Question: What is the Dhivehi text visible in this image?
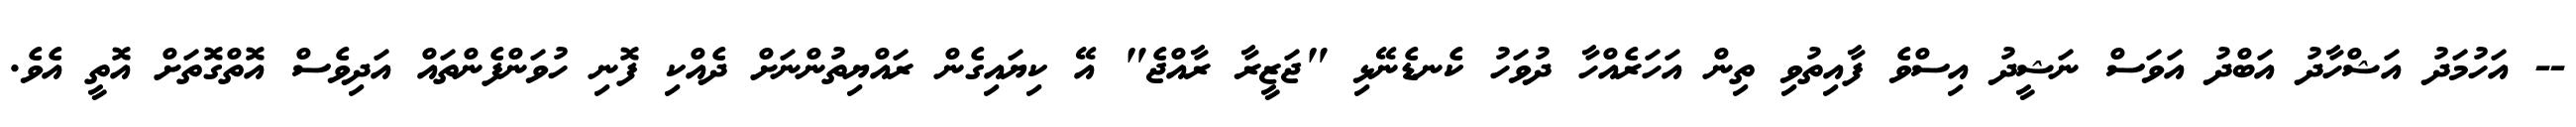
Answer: -- އަހުމަދު އަޝްހާދު އަބްދު އަވަސް ނަޝީދު އިސްވެ ފާއިތުވި ތިން އަހަރެއްހާ ދުވަހު ކެނޑެނޭޅި "ޖަޒީރާ ރާއްޖެ" އޭ ކިޔައިގެން ރައްޔިތުންނަށް ދެއްކި ފޮނި ހުވަންފެންތައް އަދިވެސް އޮތްގޮތަށް އޮތީ އެވެ.